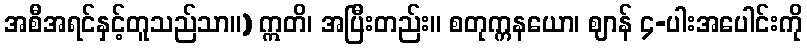
အစီအရင်နှင့်တူသည်သာ။) ဣတိ၊ အပြီးတည်း။ စတုက္ကနယော၊ ဈာန် ၄-ပါးအပေါင်းကို